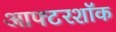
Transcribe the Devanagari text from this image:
आफ्टरशॉक